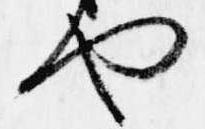
や